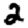
Digit: 2